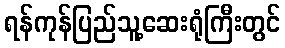
ရန်ကုန်ပြည်သူ့ဆေးရုံကြီးတွင်